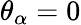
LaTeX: \theta_{\alpha}=0